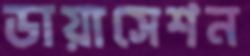
ডায়াসেশন